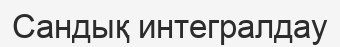
Сандық интегралдау